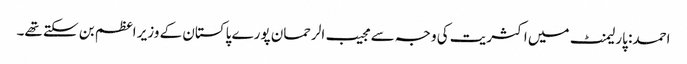
احمد: پارلیمنٹ میں اکثریت کی وجہ سے مجیب الرحمان پورے پاکستان کے وزیر اعظم بن سکتے تھے۔